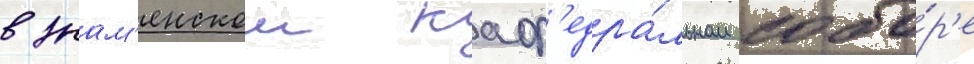
в знам'енском каф'едра́льном собо́р'е